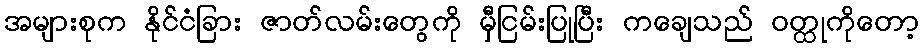
အများစုက နိုင်ငံခြား ဇာတ်လမ်းတွေကို မှီငြမ်းပြုပြီး ကချေသည် ဝတ္ထုကိုတော့